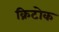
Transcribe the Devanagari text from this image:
क्रिटोक